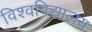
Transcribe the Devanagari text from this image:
विश्‍वविद्यालय